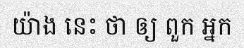
យ៉ាង នេះ ថា ឲ្យ ពួក អ្នក